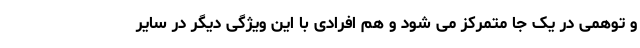
و توهمی در یک جا متمرکز می شود و هم افرادی با این ویژگی دیگر در سایر